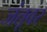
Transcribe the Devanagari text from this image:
जंतूवर